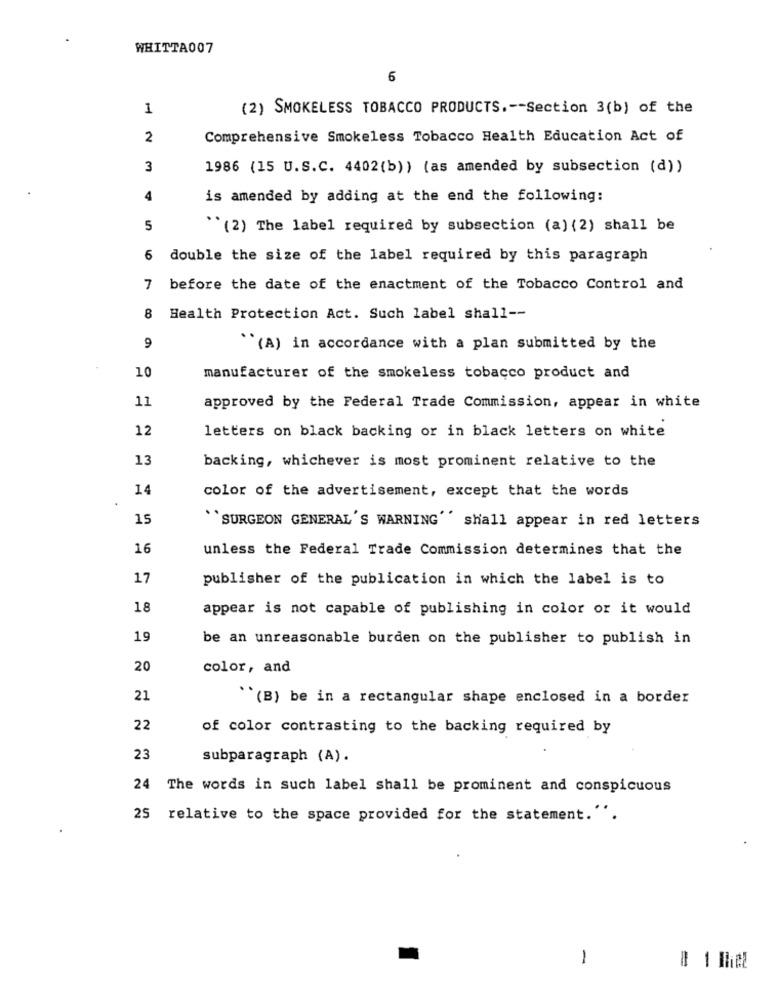
WHITTA007
6
1
(2) SMOKELESS TOBACCO PRODUCTS .-- Section 3(b) of the
2
Comprehensive Smokeless Tobacco Health Education Act of
3
1986 (15 U.S.C. 4402(b)) (as amended by subsection (d))
4
is amended by adding at the end the following:
5
``(2) The label required by subsection (a) (2) shall be
6 double the size of the label required by this paragraph
7 before the date of the enactment of the Tobacco Control and
8 Health Protection Act. Such label shall --
9
``(A) in accordance with a plan submitted by the
10
manufacturer of the smokeless tobacco product and
11
approved by the Federal Trade Commission, appear in white
12
letters on black backing or in black letters on white
13
backing, whichever is most prominent relative to the
14
color of the advertisement, except that the words
15
`SURGEON GENERAL'S WARNING' shall appear in red letters
16
unless the Federal Trade Commission determines that the
17
publisher of the publication in which the label is to
18
appear is not capable of publishing in color or it would
19
be an unreasonable burden on the publisher to publish in
20
color, and
21
``(B) be in a rectangular shape enclosed in a border
22
of color contrasting to the backing required by
23
subparagraph (A).
24 The words in such label shall be prominent and conspicuous
25 relative to the space provided for the statement.''.
1